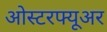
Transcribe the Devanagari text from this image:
ओस्टरफ्यूअर